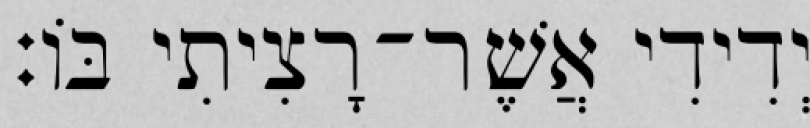
יְדִידִי אֲשֶׁר־רָצִיתִי בּוֹ׃